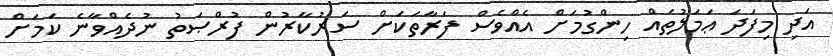
އަދި މިފަދަ ޢަމަލުތައް ހިންގުމަށް އެއްވެސް ފަރާތަކަށް ސަރުކާރުން ފުރްޞަތު ނުދެއްވާނެ ކަމަށް